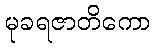
မုခရဇာတိကော